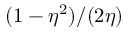
( 1 - \eta ^ { 2 } ) / ( 2 \eta )